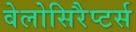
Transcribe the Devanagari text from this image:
वेलोसिरैप्टर्स